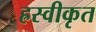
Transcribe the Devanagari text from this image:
ह्रस्वीकृत